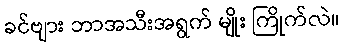
ခင်ဗျား ဘာအသီးအရွက် မျိုး ကြိုက်လဲ။